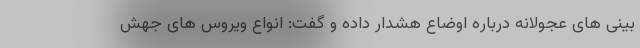
بینی های عجولانه درباره اوضاع هشدار داده و گفت: انواع ویروس های جهش